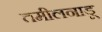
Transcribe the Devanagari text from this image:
तमीलनाडू